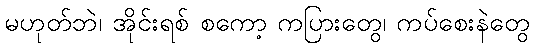
မဟုတ်ဘဲ၊ အိုင်းရစ် စကော့ ကပြားတွေ၊ ကပ်စေးနဲတွေ